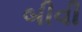
બીવી